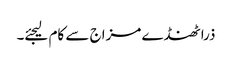
ذرا ٹھنڈے مزاج سے کام لیجئے۔